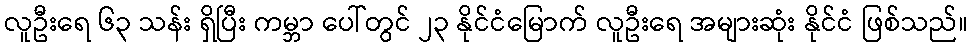
လူဦးရေ ၆၃ သန်း ရှိပြီး ကမ္ဘာ ပေါ်တွင် ၂၃ နိုင်ငံမြောက် လူဦးရေ အများဆုံး နိုင်ငံ ဖြစ်သည်။